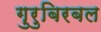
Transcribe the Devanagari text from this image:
गुरुबिरबल